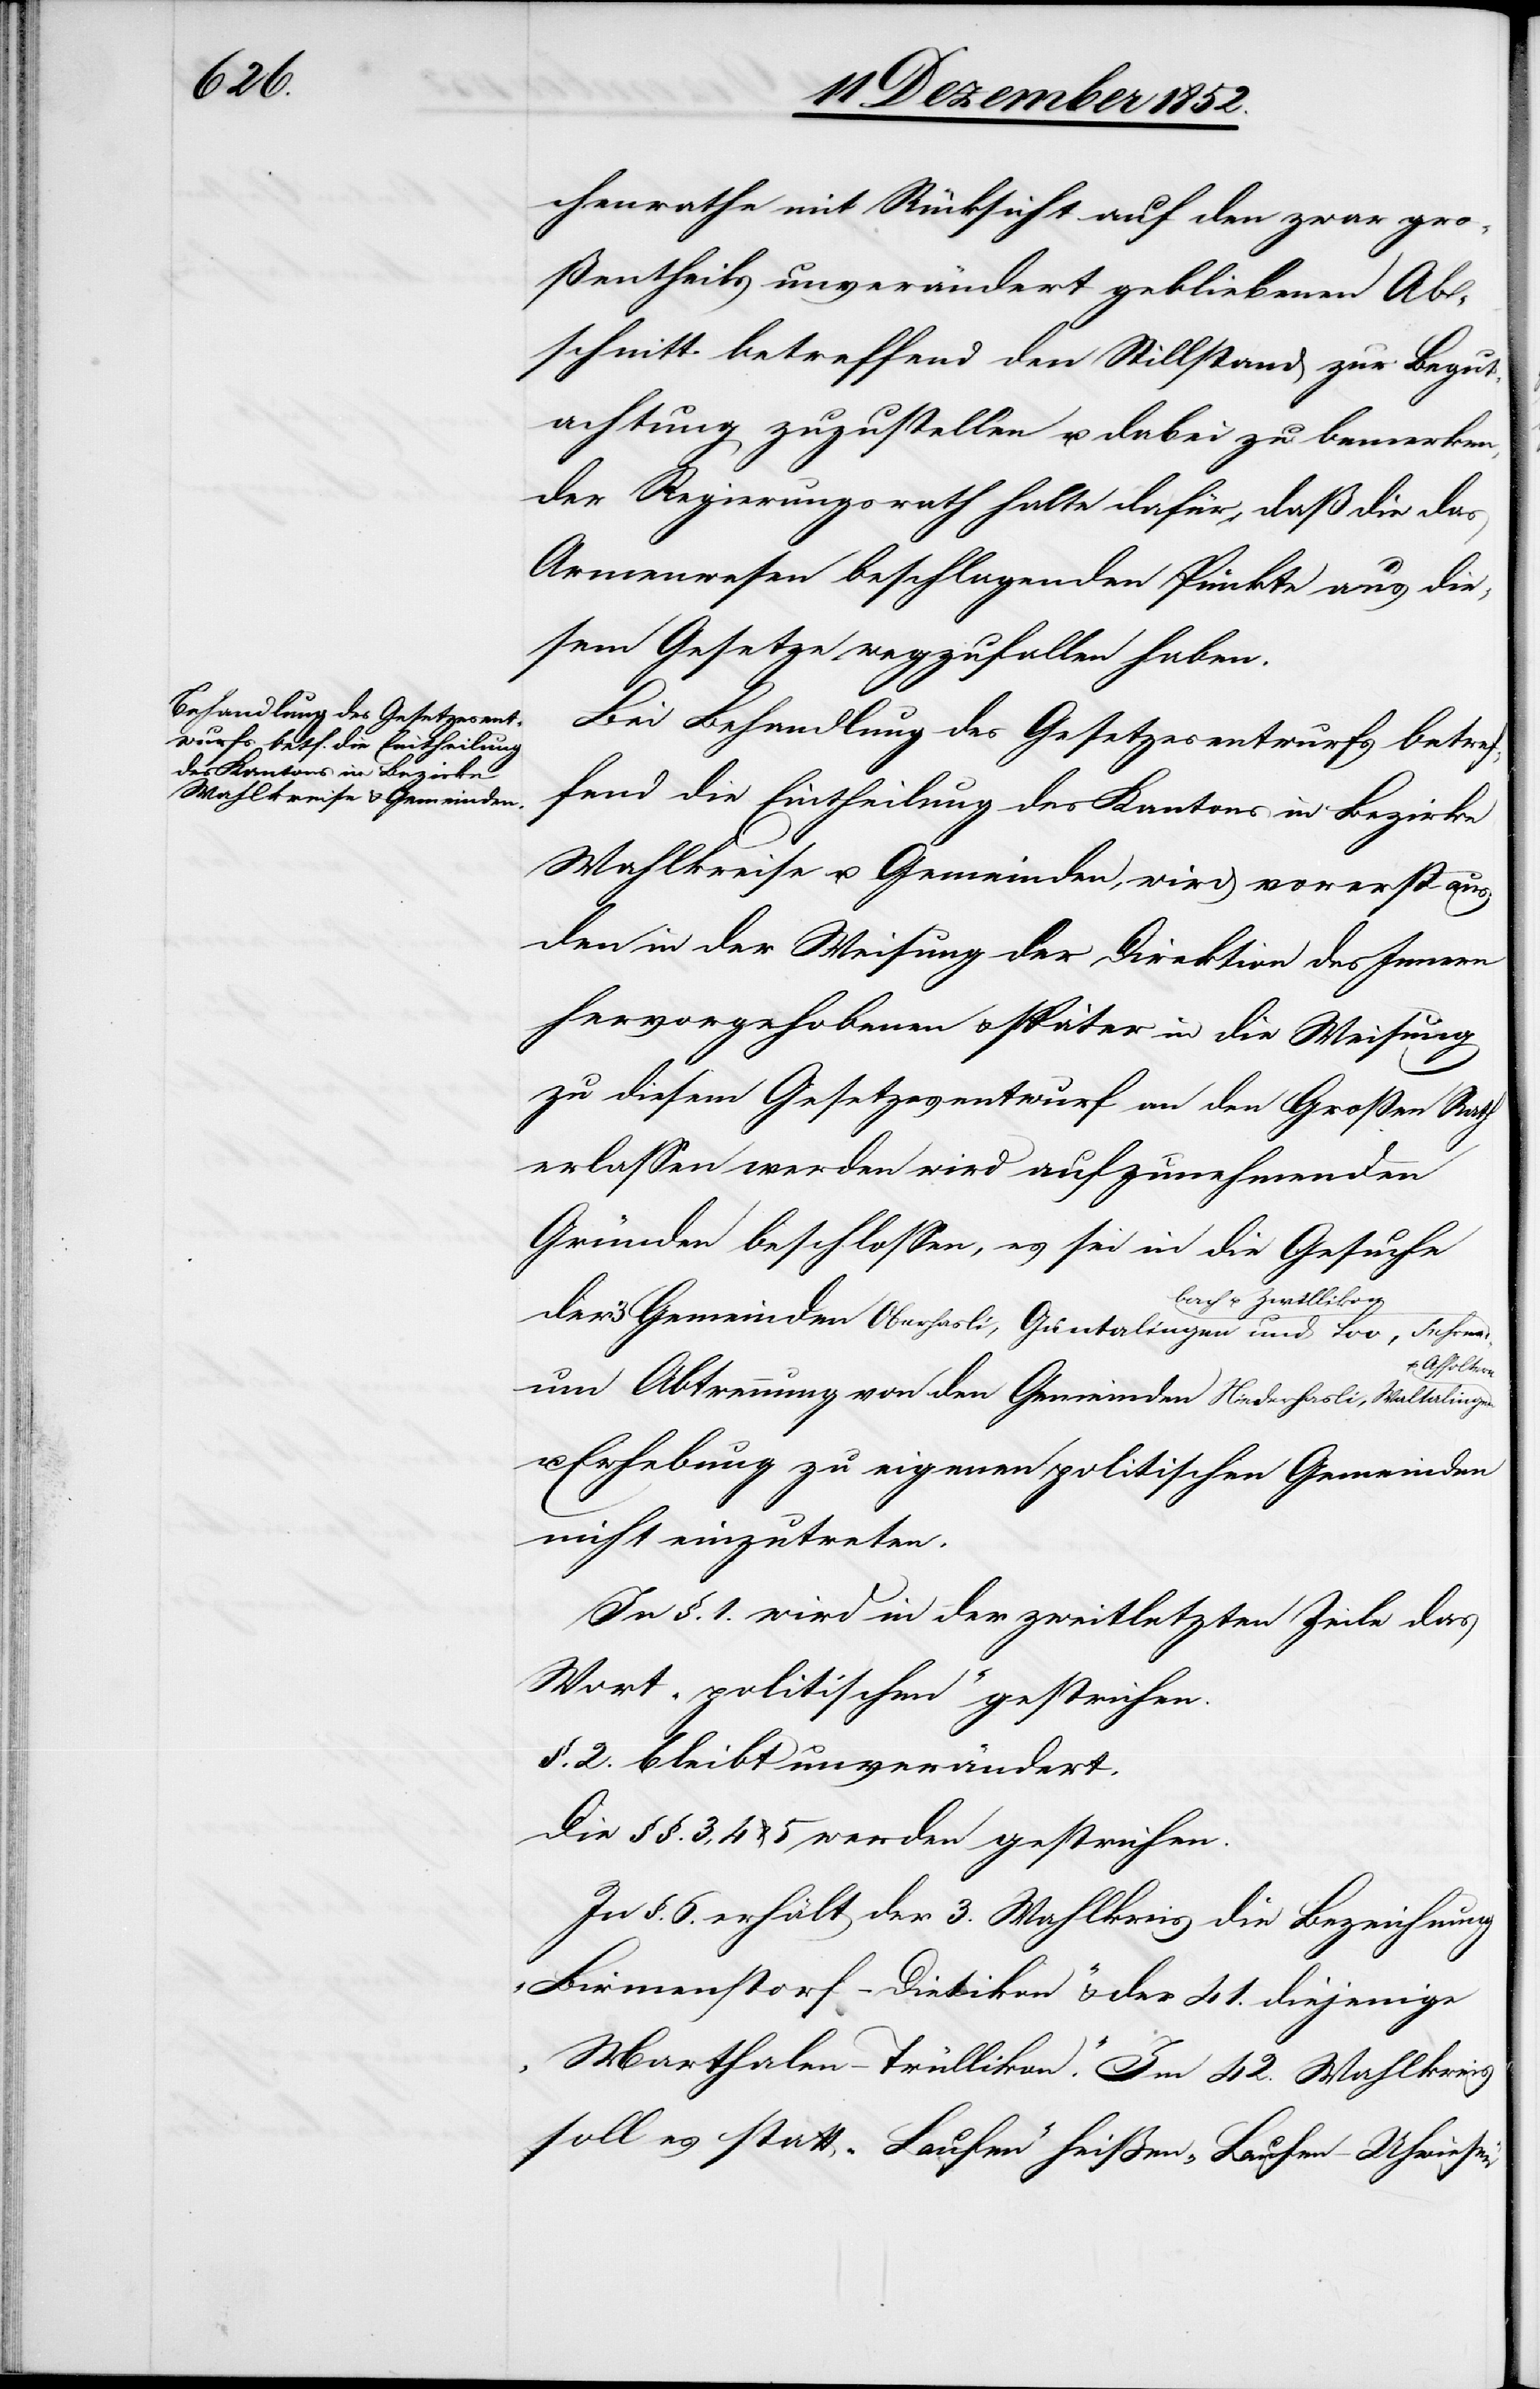
chenrathe mit Rücksicht auf den zwar gro¬
ßentheils unverändert gebliebenen Ab¬
schnitt betreffend den Stillstand zur Begut¬
achtung zuzustellen u. dabei zu bemerken,
der Regierungsrath halte dafür, daß die das
Armenwesen beschlagenden Punkte aus die¬
sem Gesetze wegzufallen haben.
Bei Behandlung des Gesetzesentwurfs betref¬
fend die Eintheilung des Kantons in Bezirke[,]
Wahlkreise u. Gemeinden, wird vorerst aus
den in der Weisung der Direktion des Innern
hervorgehobenen & später in die Weisung
zu diesem Gesetzesentwurf [die] an den Großen Rath
erlassen werden wird aufzunehmenden
Gründen beschlossen, es sei in die Gesuche
n]bach & Zwillikon
der 3 Gemeinden Oberhasli, Guntalingen und Loo, [?Fehre¬
u. Affoltern
um Abtrennung von den Gemeinden Niederhasli, Waltalingen
u. Erhebung zu eigenen politischen Gemeinden
nicht einzutreten.
In §. 1. wird in der zweitletzten Zeile das
Wort „politischen“ gestrichen.
§. 2. bleibt unverändert.
Die §§. 3, 4 & 5 werden gestrichen.
In §. 6. erhält der 3. Wahlkreis die Bezeichnung
„Birmenstorf-Dietikon“ & der 41. diejenige
„Marthalen-Trüllikon“. Im 42. Wahlkreis
soll es statt „Laufen“ heißen „Laufen-Uhwiesen“